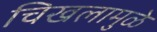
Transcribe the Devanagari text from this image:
चिखलामुळे